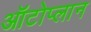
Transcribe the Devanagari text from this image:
ऑटोप्लान